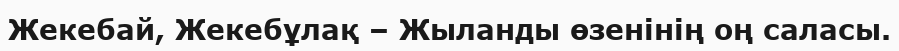
Жекебай, Жекебұлақ – Жыланды өзенінің оң саласы.